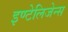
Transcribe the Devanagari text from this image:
इण्टेलिजेन्स